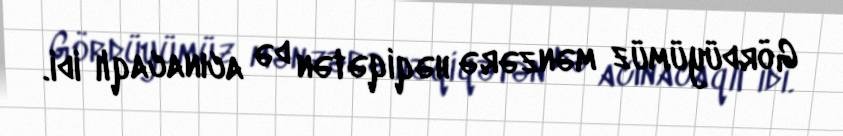
Gördüyümüz mənzərə həqiqətən də acınacaqlı idi.